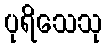
ပုရိသေသု